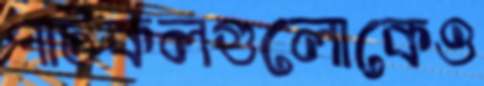
পাটকলগুলোকেও